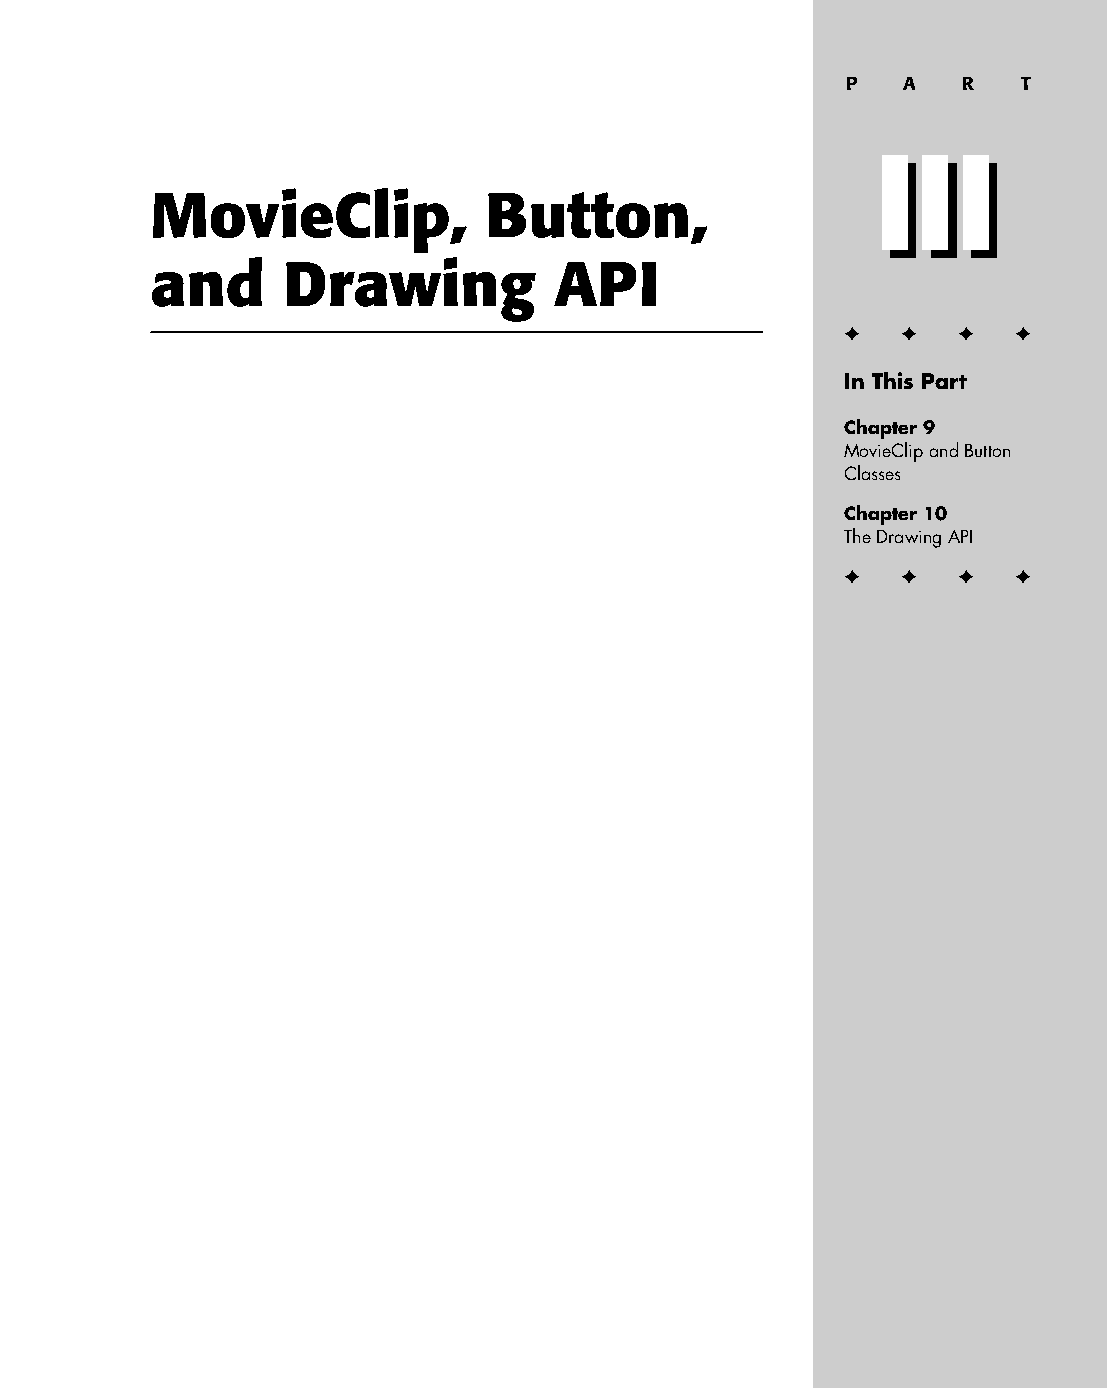
12 543547 PP03.qxd 3/24/04 3:49 PM Page 217
 P   A   R   T
 III
 III
 MovieClip,            Button,
 and      Drawing           API
 ✦  ✦ ✦  ✦
 In This Part
 Chapter 9
 MovieClip and Button
 Classes
 Chapter 10
 The Drawing API
 ✦  ✦ ✦  ✦